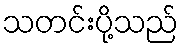
သတင်းပို့သည်